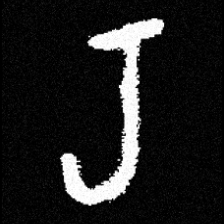
Pyu character \u2014 Myanmar letter: ရ (romanized: ra)